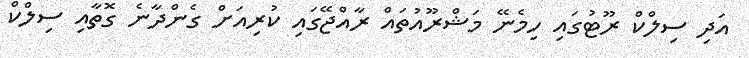
އަދި ސިލްކް ރޫޓުގައި ހިމެނޭ މަޝްރޫއުތައް ރާއްޖޭގައި ކުރިއަށް ގެންދާނެ ގޮތާއި ސިލްކް